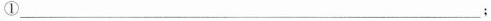
①___；